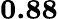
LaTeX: \mathbf{0.88}